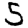
Digit: 5